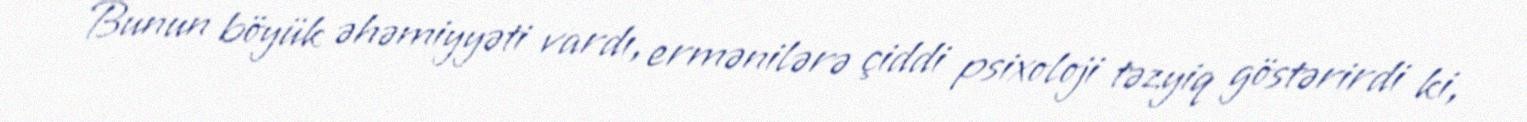
Bunun böyük əhəmiyyəti vardı, ermənilərə çiddi psixoloji təzyiq göstərirdi ki,